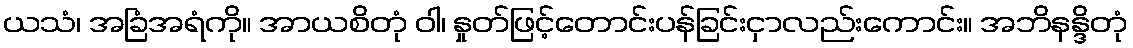
ယသံ၊ အခြံအရံကို။ အာယစိတုံ ဝါ၊ နှုတ်ဖြင့်တောင်းပန်ခြင်းငှာလည်းကောင်း။ အဘိနန္ဒိတုံ